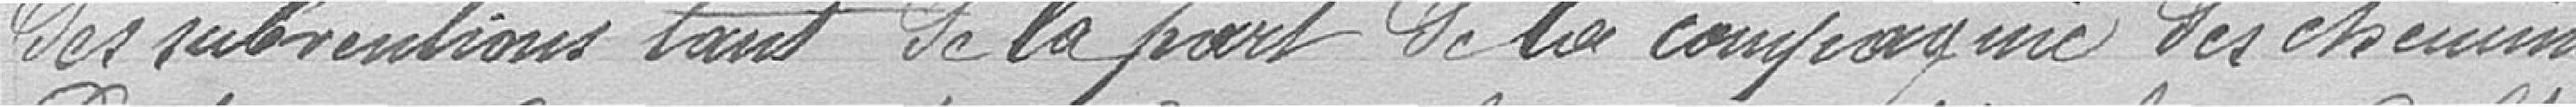
des subventions de la part de la compagnie des chemins